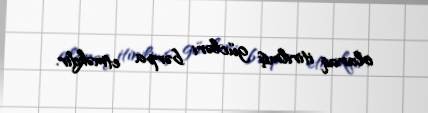
olaraq itirilmiş gücləri bərpa etməkdir.